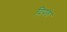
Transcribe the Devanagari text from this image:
दिपते